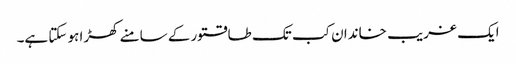
ایک غریب خاندان کب تک طاقتور کے سامنے کھڑا ہو سکتا ہے۔